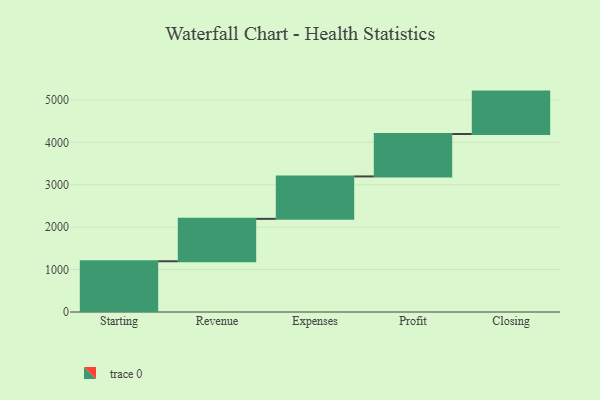
{"axis": {"x": "Step", "y": "Value"}, "legend": [""], "data": [{"x": "Starting", "y": 1196.0, "type": ""}, {"x": "Revenue", "y": 1000, "type": ""}, {"x": "Expenses", "y": 1000, "type": ""}, {"x": "Profit", "y": 1000, "type": ""}, {"x": "Closing", "y": 1000, "type": ""}]}